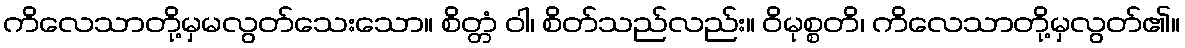
ကိလေသာတို့မှမလွတ်သေးသော။ စိတ္တံ ဝါ၊ စိတ်သည်လည်း။ ဝိမုစ္စတိ၊ ကိလေသာတို့မှလွတ်၏။